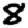
Digit: 8